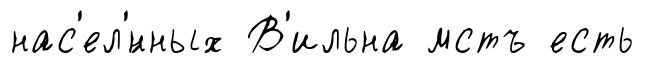
нас'ел'́нных В'ильна мстъ есть